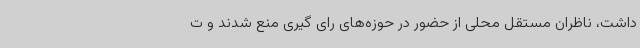
داشت، ناظران مستقل محلی از حضور در حوزه‌های رای گیری منع شدند و ت